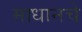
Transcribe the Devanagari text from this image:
माधानचे